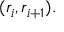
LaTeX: ( r _ { i } , r _ { i + 1 } ) .